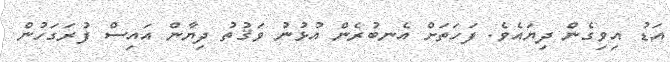
އަޑު އިވިގެން ދިޔައެވެ. ފަހަތަށް އެނބުރެން އުޅުނު ވަޤުތު ދިޔާން އައިސް ފުރަގަހުން